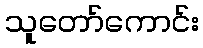
သူတော်ကောင်း